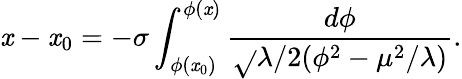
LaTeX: \mathit{x}-\mathit{x}_{0}=-\sigma\int_{\phi(\mathit{x}_{0})}^{\phi(\mathit{x})}\frac{{d\phi}}{{\sqrt{}{{\lambda/2}}(\phi^{2}-\mu^{2}/\lambda)}}.